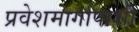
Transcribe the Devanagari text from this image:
प्रवेशमार्गापाशी